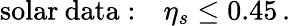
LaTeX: \mathrm{solar\: data:}\quad\eta_{s}\leq 0.45\, .